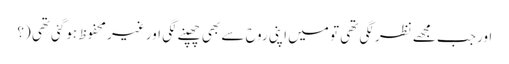
اور جب مجھے نظر لگی تھی تو میں اپنی روح سے بھی چھپنے لگی اور غیر محفوظ ہوگئی تھی (؟